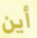
أين